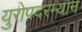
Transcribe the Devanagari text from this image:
युरोपदरम्यान